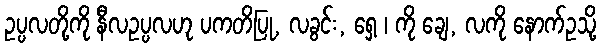
ဥပ္ပလတို့ကို နီလဥပ္ပလဟု ပကတိပြု, လခွင်း, ရှေ့ ၊ ကို ချေ, လကို နောက်ဥသို့